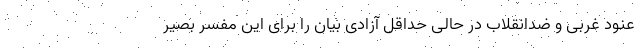
عنود غربی و ضدانقلاب در حالی حداقل آزادی بیان را برای این مفسر بصیر